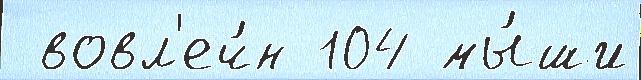
 вовл'еч́н 104 мы́ши